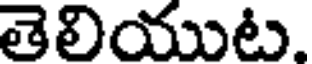
తెలియుట.